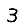
Digit: 3